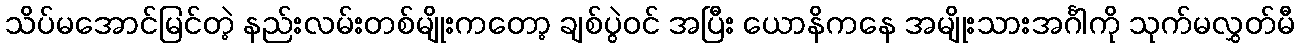
သိပ်မအောင်မြင်တဲ့ နည်းလမ်းတစ်မျိုးကတော့ ချစ်ပွဲဝင် အပြီး ယောနိကနေ အမျိုးသားအင်္ဂါကို သုက်မလွှတ်မီ